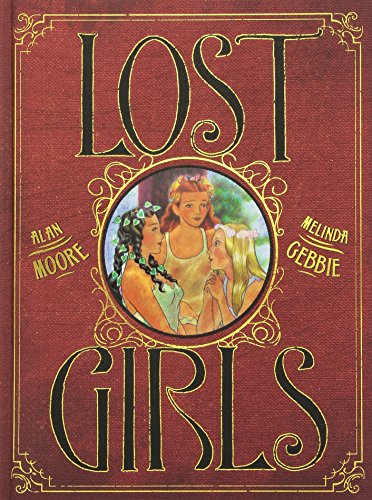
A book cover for Lost Girls; Alan Moore; Comics & Graphic Novels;